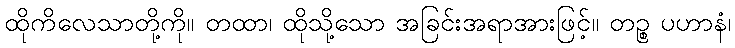
ထိုကိလေသာတို့ကို။ တထာ၊ ထိုသို့သော အခြင်းအရာအားဖြင့်။ တဉ္စ ပဟာနံ၊